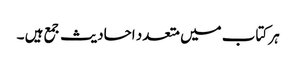
ہر کتاب میں متعدد احادیث جمع ہیں ۔